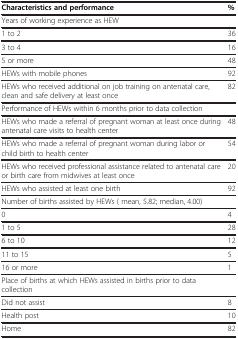
<table><thead><tr><td><b>Characteristics and performance</b></td><td><b>%</b></td></tr></thead><tbody><tr><td>Years of working experience as HEW</td><td> </td></tr><tr><td>1 to 2</td><td>36</td></tr><tr><td>3 to 4</td><td>16</td></tr><tr><td>5 or more</td><td>48</td></tr><tr><td>HEWs with mobile phones</td><td>92</td></tr><tr><td>HEWs who received additional on job training on antenatal care, clean and safe delivery at least once</td><td>82</td></tr><tr><td>Performance of HEWs within 6 months prior to data collection</td><td> </td></tr><tr><td>HEWs who made a referral of pregnant woman at least once during antenatal care visits to health center</td><td>48</td></tr><tr><td>HEWs who made a referral of pregnant woman during labor or child birth to health center</td><td>54</td></tr><tr><td>HEWs who received professional assistance related to antenatal care or birth care from midwives at least once</td><td>20</td></tr><tr><td>HEWs who assisted at least one birth</td><td>92</td></tr><tr><td>Number of births assisted by HEWs ( mean, 5.82; median, 4.00)</td><td> </td></tr><tr><td>0</td><td>4</td></tr><tr><td>1 to 5</td><td>28</td></tr><tr><td>6 to 10</td><td>12</td></tr><tr><td>11 to 15</td><td>5</td></tr><tr><td>16 or more</td><td>1</td></tr><tr><td>Place of births at which HEWs assisted in births prior to data collection</td><td> </td></tr><tr><td>Did not assist</td><td>8</td></tr><tr><td>Health post</td><td>10</td></tr><tr><td>Home</td><td>82</td></tr></tbody></table>